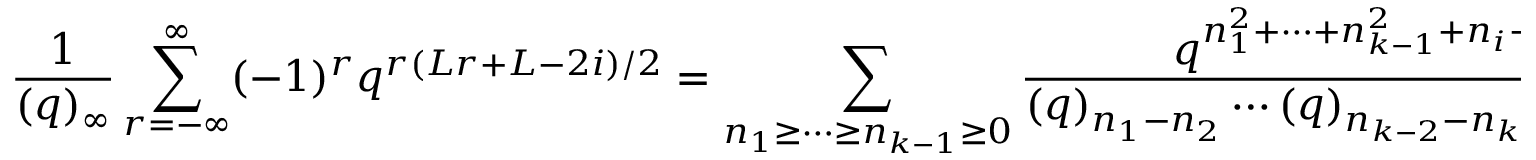
\frac { 1 } { ( q ) _ { \infty } } \sum _ { r = - \infty } ^ { \infty } ( - 1 ) ^ { r } q ^ { r ( L r + L - 2 i ) / 2 } = \displaystyle \sum _ { n _ { 1 } \geq \cdots \geq n _ { k - 1 } \geq 0 } \frac { q ^ { n _ { 1 } ^ { 2 } + \cdots + n _ { k - 1 } ^ { 2 } + n _ { i } + \cdots + n _ { k - 1 } } } { ( q ) _ { n _ { 1 } - n _ { 2 } } \cdots ( q ) _ { n _ { k - 2 } - n _ { k - 1 } } ( q ^ { a } ; q ^ { a } ) _ { n _ { k - 1 } } } ,